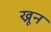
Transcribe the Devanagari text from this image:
ख्रून